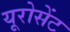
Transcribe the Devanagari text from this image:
यूरोसेंट